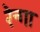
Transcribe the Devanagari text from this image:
रेन्गा